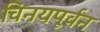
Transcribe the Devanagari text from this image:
विनयपूर्वन